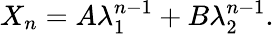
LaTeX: X_{n}=A\lambda_{1}^{n-1}+B\lambda_{2}^{n-1}.